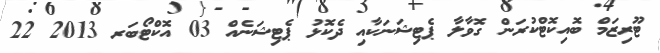
ޓޫރިޒަމް ބޮއިކޮޓްކުރަން ގޮވާލާ ޕެޓިޝަނަކާއި ދެކޮޅު ޕެޓިޝަނެއް 03 އޮކްޓޯބަރ 2013 22